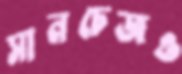
সানচেজও